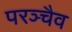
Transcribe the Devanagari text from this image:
परञ्चैव